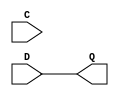
/* My D latch with attempts to bypass icarus FF inference */

module bm_my_D_latch2(D, C, Q);
	input D, C;
	output Q;
	reg Q;
	
	always @(D or C)
		Q = D;
endmodule